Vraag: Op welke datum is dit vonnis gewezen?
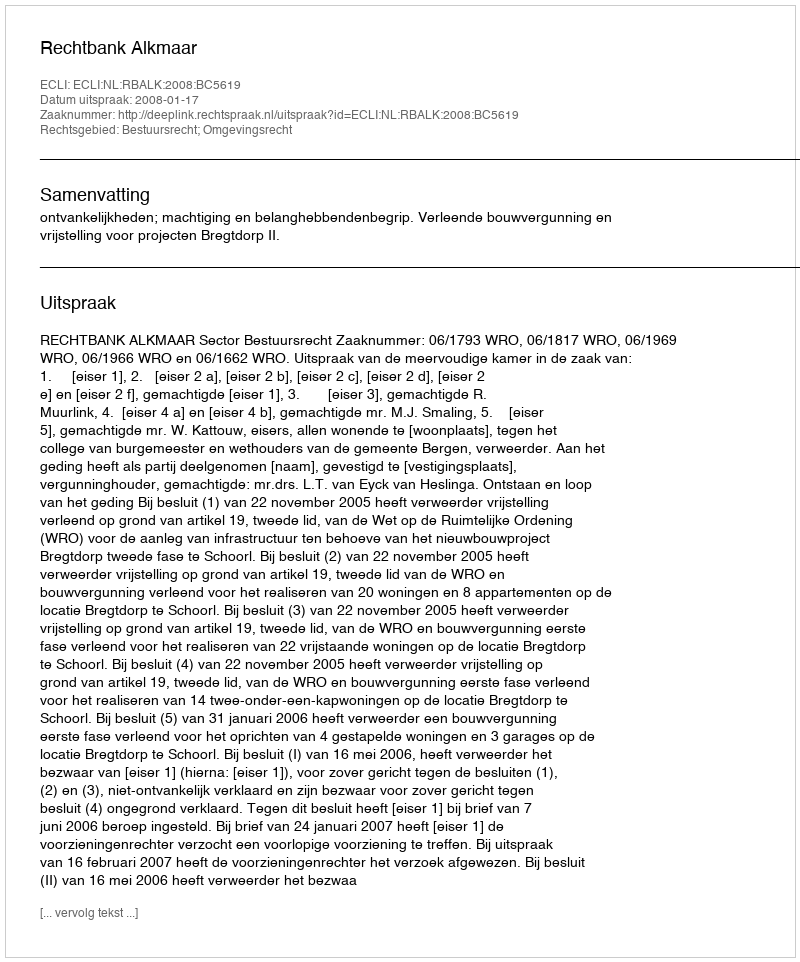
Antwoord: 2008-01-17